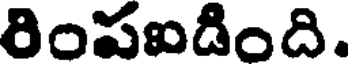
రింపఐడింది.